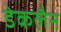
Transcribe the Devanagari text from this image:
डेकलैन